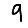
Digit: 9